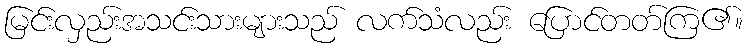
မြင်းလှည်းအသင်းသားများသည် လက်သံလည်း ပြောင်တတ်ကြ၏။